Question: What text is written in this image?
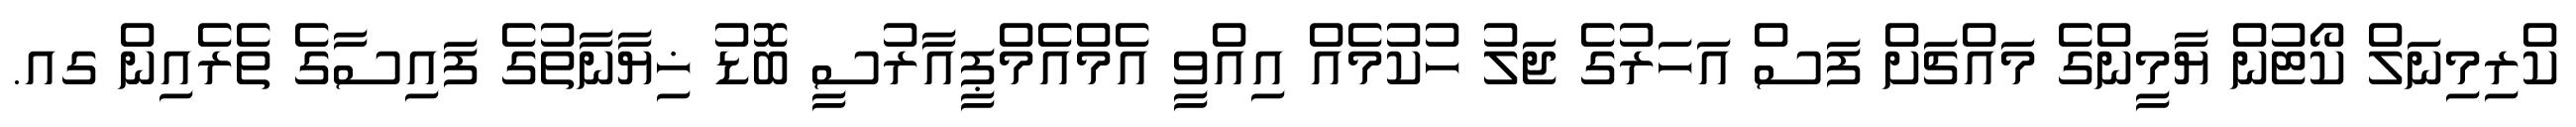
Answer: ކްރިމިނަލް ކޯޓުން ޔާމީންގެ މައްޗަށް ފަސް އަހަރުގެ ޖަލު ހުކުމެއް އިއްވީ އެމްއެމްޕީއާރުސީ ބޮޑު ޚިޔާނާތުގެ ފައިސާގެ ތެރެއިން ގއ.